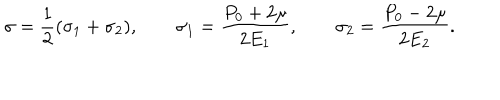
\sigma = { \frac { 1 } { 2 } } ( \sigma _ { 1 } + \sigma _ { 2 } ) , \qquad \sigma _ { 1 } = { \frac { P _ { 0 } + 2 \mu } { 2 E _ { 1 } } } , \qquad \sigma _ { 2 } = { \frac { P _ { 0 } - 2 \mu } { 2 E _ { 2 } } } .